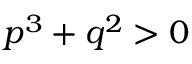
p ^ { 3 } + q ^ { 2 } > 0